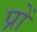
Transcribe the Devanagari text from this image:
प्रों